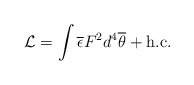
\begin{align*}{\cal L}= \int \overline{\epsilon} F^2 d^4 \overline{\theta} + \mathrm{h.c.}\end{align*}